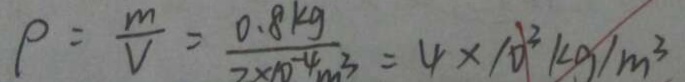
\rho = \frac { m } { V } = \frac { 0 . 8 k g } { 2 \times 1 0 ^ { - 4 } m ^ { 3 } } = 4 \times 1 0 ^ { 3 } k g / m ^ { 3 }